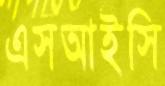
এসআইসি